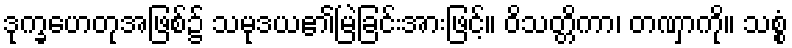
ဒုက္ခဟေတုအဖြစ်၌ သမုဒယ၏မြဲခြင်းအားဖြင့်။ ဝိသတ္တိကာ၊ တဏှာကို။ သစ္စံ